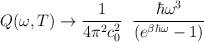
LaTeX: \begin{align*} Q(\omega, T) \to \frac{1}{4 \pi^2 c_0^2} \; \; \frac{\hbar \omega^3}{(e^{\beta \hbar \omega} - 1)}\end{align*}